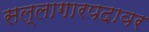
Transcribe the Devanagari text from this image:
सल्लागारपदावर